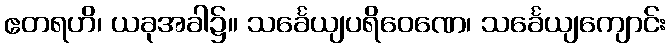
ဧတရဟိ၊ ယခုအခါ၌။ သင်္ခေယျပရိဝေဏေ၊ သင်္ခေယျကျောင်း